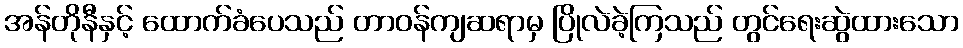
အန်တိုနီနှင့် ထောက်ခံပေသည် တာဝန်ကျဆရာမှ ပြိုလဲခဲ့ကြသည် တွင်ရေးဆွဲထားသော